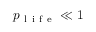
p _ { \mathrm { ~ l ~ i ~ f ~ e ~ } } \ll 1